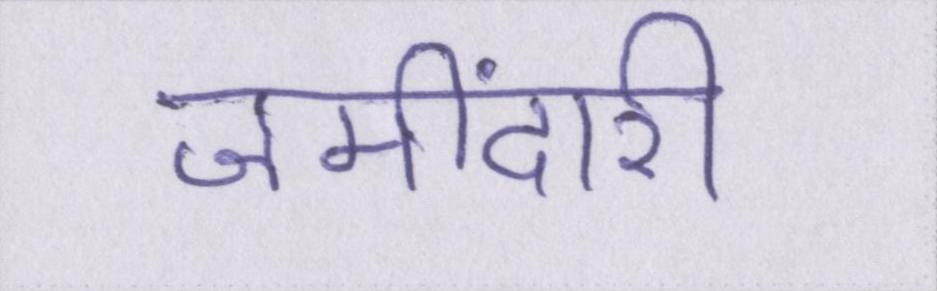
जमींदारी